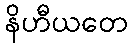
နိဟီယတေ